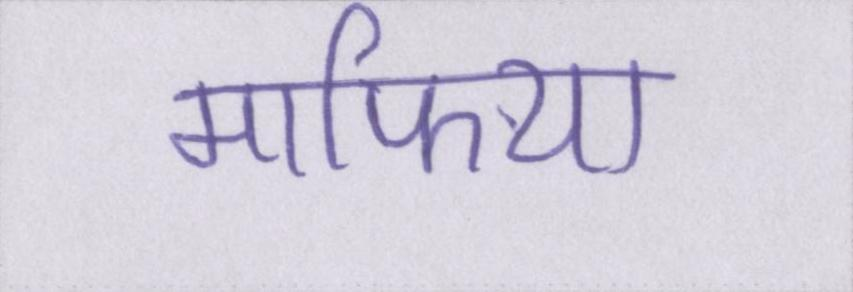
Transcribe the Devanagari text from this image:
माफिया